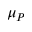
\mu _ { P }